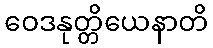
ဝေဒနုတ္တိယေနာတိ